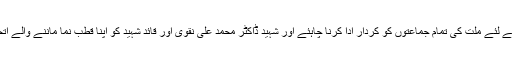
انہوں نے کہا کہ لاپتہ افراد کی بازیابی کے لئے ملت کی تمام جماعتوں کو کردار ادا کرنا چاہئے اور شہید ڈاکٹر محمد علی نقوی اور قائد شہید کو اپنا قطب نما ماننے والے اتحاد وحدت کے لئے کلیدی کردار ادا کریں۔